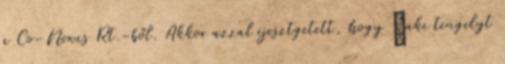
a Co-Nexus Rt.-ből. Akkor azzal ijesztgetett, hogy „aki tengelyt